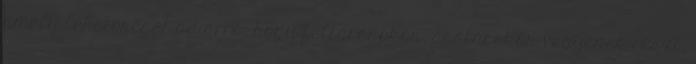
amely lehetőséget ad arra, hogy feltárásokon, ásatásokon vegyenek részt,